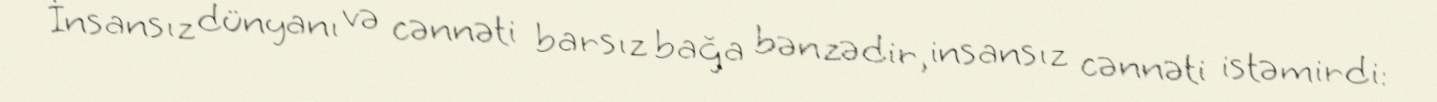
İnsansız dünyanı və cənnəti barsız bağa bənzədir, insansız cənnəti istəmirdi: